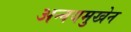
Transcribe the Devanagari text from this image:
अन्वयमुखेन